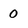
Character: 0